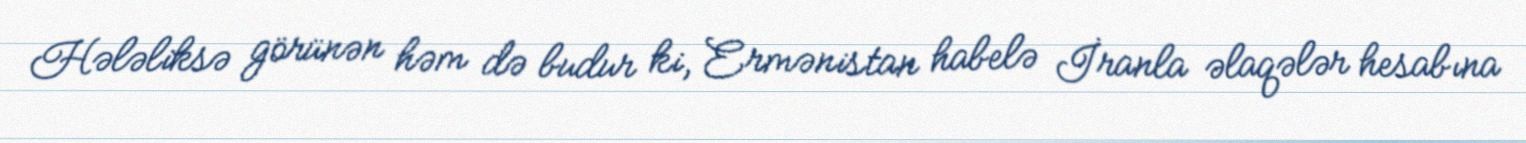
Hələliksə görünən həm də budur ki, Ermənistan habelə İranla əlaqələr hesabına